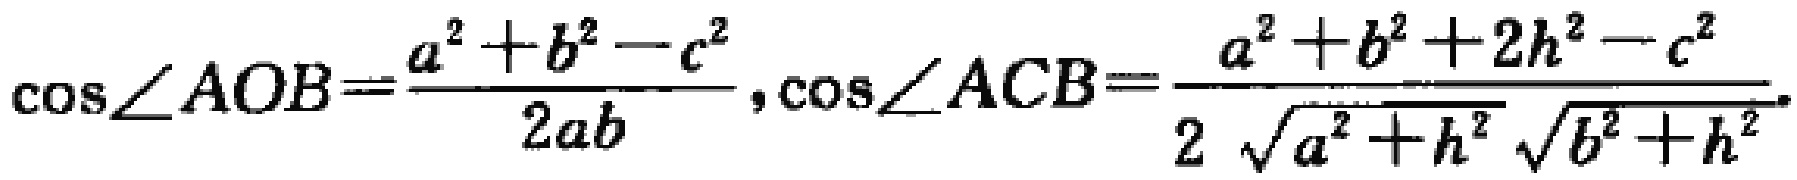
\(\cos\angle AOB=\frac{a^{2}+b^{2}-c^{2}}{2ab},\cos\angle ACB=\frac{a^{2}+b^{2}+2h^{2}-c^{2}}{2\sqrt{a^{2}+h^{2}}\sqrt{b^{2}+h^{2}}}\)